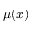
\mu ( x )